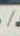
/